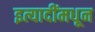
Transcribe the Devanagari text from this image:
इत्यादींमधून